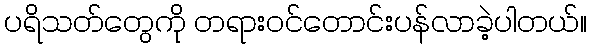
ပရိသတ်တွေကို တရားဝင်တောင်းပန်လာခဲ့ပါတယ်။